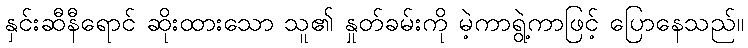
နှင်းဆီနီရောင် ဆိုးထားသော သူ၏ နှုတ်ခမ်းကို မဲ့ကာရွဲ့ကာဖြင့် ပြောနေသည်။